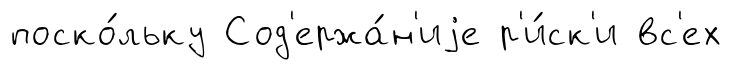
поско́льку Сод'ержа́н'иjе р'и́ск'и вс'ех